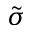
\tilde { \sigma }